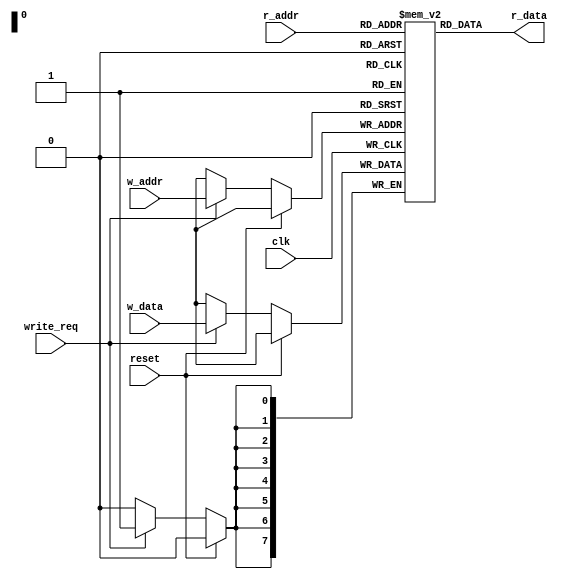
module ram (
    input reset,
    input clk,
    input write_req,
    input  [7:0] r_addr,
    output [7:0] r_data,
    input  [7:0] w_addr,
    input  [7:0] w_data
);

    reg [7:0] mem[255:0];

    assign r_data = mem[r_addr];

    initial begin
        mem[0] = 8'b01100000; // inc R0
        mem[1] = 8'b10000000; // jnc 0000
        mem[2] = 8'b10100000; // mvi 0000
        mem[3] = 8'b10010000; // jmp 0
    end

    always @(posedge clk) begin
        if (reset == 1) begin
        end else begin
            if (write_req == 1) begin
                mem[w_addr] <= w_data;
            end
        end
    end

endmodule